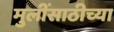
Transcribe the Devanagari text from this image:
मुलींसाठीच्या